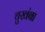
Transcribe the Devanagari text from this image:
चुखंबा